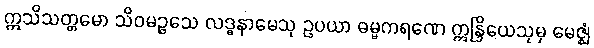
ဣသိသတ္တမော သိဝမဉ္ဇသေ လဒ္ဓနာမေသု ဥပယာ ဓမ္မကရဏေ ဣန္ဒြိယေသုမှ မေဇ္ဈံ